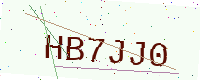
Text: HB7JJ0